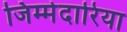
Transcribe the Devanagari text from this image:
जिम्मेदारिया